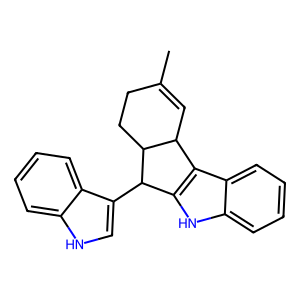
SMILES: CC1=CC2c3c([nH]c4ccccc34)C(c3c[nH]c4ccccc34)C2CC1
Inhibits HIV replication: No